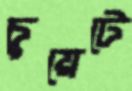
চুয়েটে